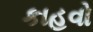
કાહવો